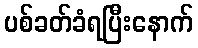
ပစ်ခတ်ခံရပြီးနောက်